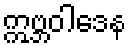
ဣဗ္ဘဝါဒေန